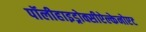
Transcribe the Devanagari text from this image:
पॉलीहाइड्रोक्सीऐल्केनोएट